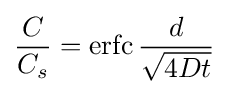
{\frac {C}{C_{s}}}=\operatorname {erfc} {\frac {d}{\sqrt {4Dt}}}